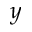
y